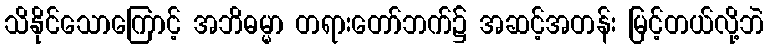
သိနိုင်သောကြောင့် အဘိဓမ္မာ တရားတော်ဘက်၌ အဆင့်အတန်း မြင့်တယ်လို့ဘဲ